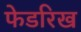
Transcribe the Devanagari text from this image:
फेडरिख